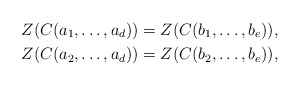
\begin{align*} Z(C(a_1,\ldots,a_d))&=Z(C(b_1,\ldots,b_e)),\\ Z(C(a_2,\ldots,a_d))&=Z(C(b_2,\ldots,b_e)), \end{align*}